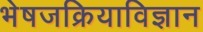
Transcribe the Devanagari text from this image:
भेषजक्रियाविज्ञान